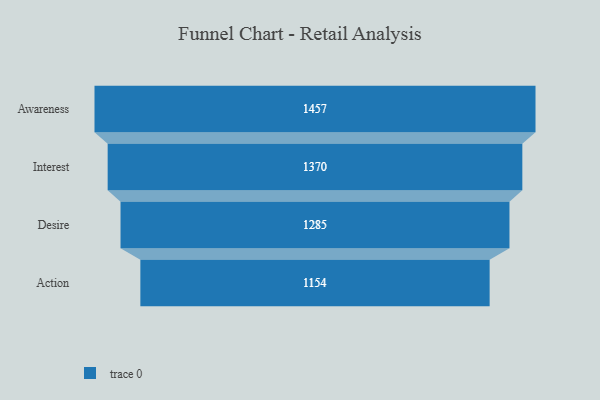
{"axis": {"x": "Stage", "y": "Value"}, "legend": [""], "data": [{"x": "Awareness", "y": 1457.0, "type": ""}, {"x": "Interest", "y": 1370.0, "type": ""}, {"x": "Desire", "y": 1285.0, "type": ""}, {"x": "Action", "y": 1154.0, "type": ""}]}